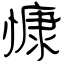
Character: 慷